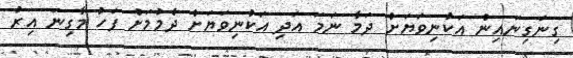
ގިނަގިނައިން އަކުނިވަޔަށް ދަމާ ނަމަ އަދި އަކުނިވަޔަށް ދެމުމަށް ފަހު މާގިނަ އިރު